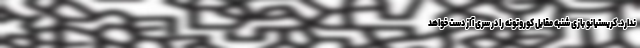
ندارد. کریستیانو بازی شنبه مقابل کوروتونه را در سری آ از دست خواهد